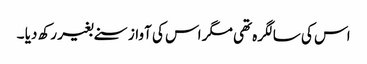
اس کی سالگرہ تھی مگر اس کی آواز سنے بغیر رکھ دیا ۔